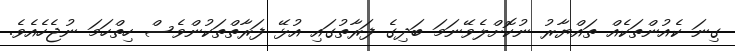
ގިނަ ކެއުންތަކެއް ތައްޔާރު ނުކޮށްލެވޭނަމަ ބަދިގެ ފަރާތުގައި އުޅޭ ފަރާތްތަކުންވެސް ހިތްހަމަ ނުޖެހެއެވެ.